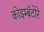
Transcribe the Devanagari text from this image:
कोइम्बॅटोरे